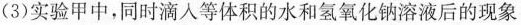
（3）实验甲中，同时滴入等体积的水喝氢氧化钠溶液后的现象